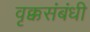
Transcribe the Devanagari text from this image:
वृक्कसंबंधी